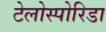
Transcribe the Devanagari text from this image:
टेलोस्पोरिडा